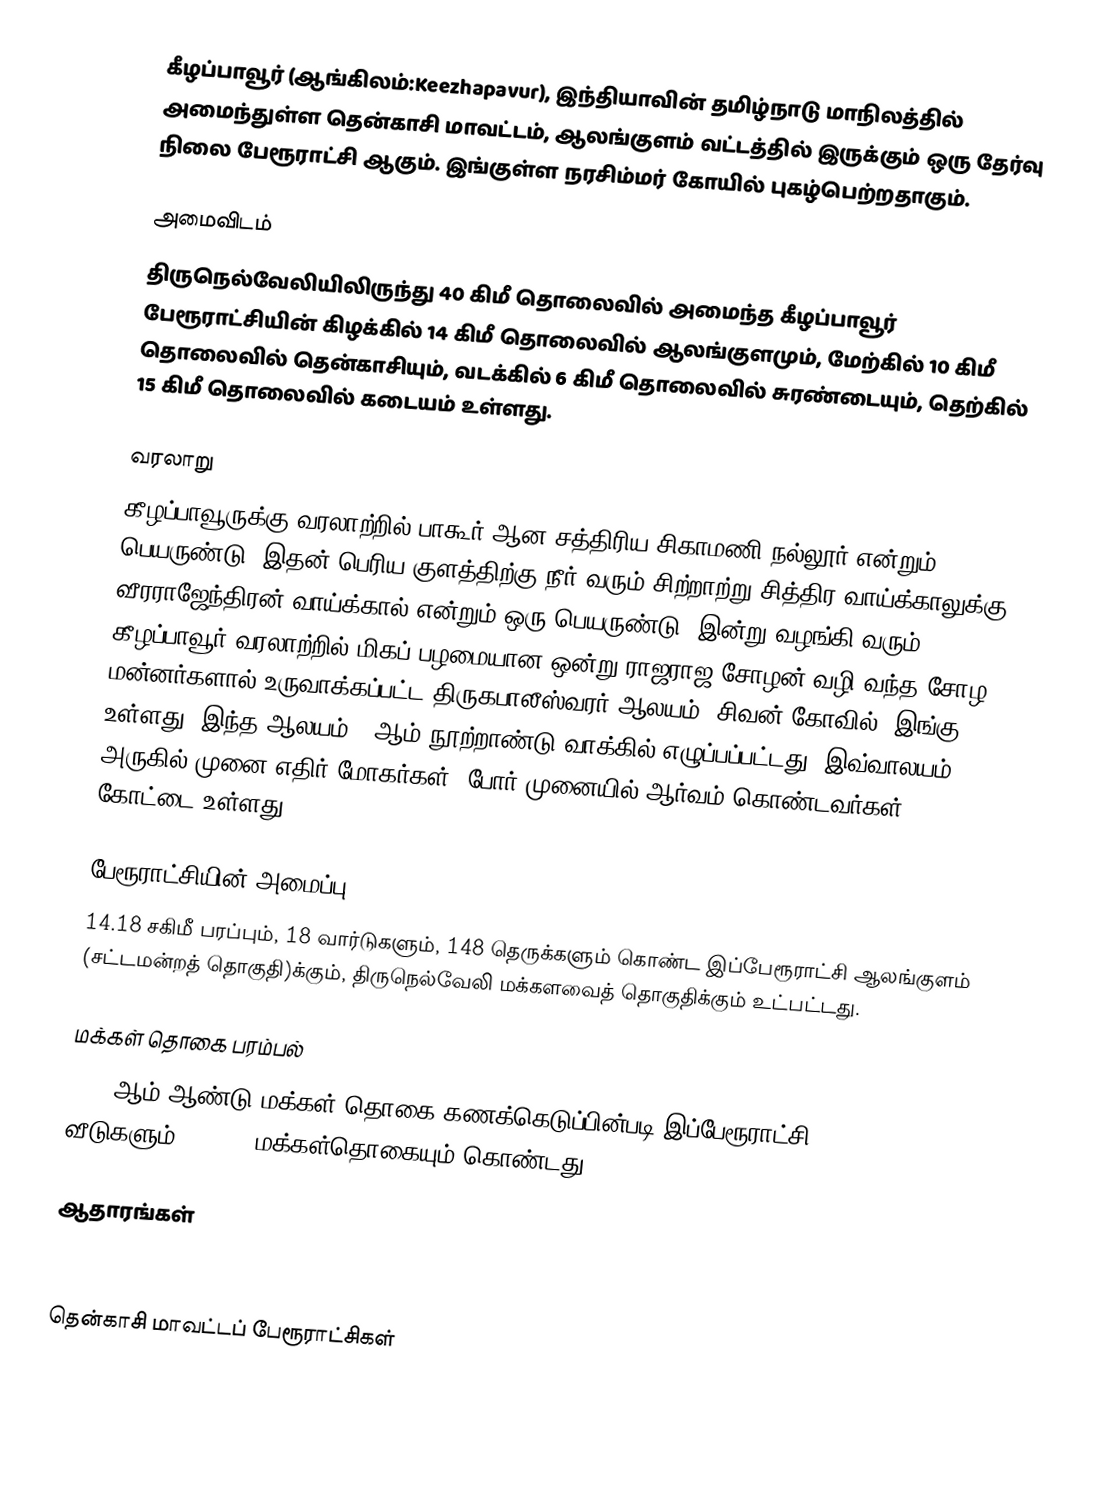
கீழப்பாவூர் (ஆங்கிலம்:Keezhapavur), இந்தியாவின் தமிழ்நாடு மாநிலத்தில் அமைந்துள்ள தென்காசி மாவட்டம், ஆலங்குளம் வட்டத்தில் இருக்கும் ஒரு தேர்வு நிலை பேரூராட்சி ஆகும். இங்குள்ள நரசிம்மர் கோயில் புகழ்பெற்றதாகும்.

அமைவிடம்
திருநெல்வேலியிலிருந்து 40 கிமீ தொலைவில் அமைந்த கீழப்பாவூர் பேரூராட்சியின் கிழக்கில் 14 கிமீ தொலைவில் ஆலங்குளமும், மேற்கில் 10 கிமீ தொலைவில் தென்காசியும், வடக்கில் 6 கிமீ தொலைவில் சுரண்டையும், தெற்கில் 15 கிமீ தொலைவில் கடையம் உள்ளது.

வரலாறு
கீழப்பாவூருக்கு வரலாற்றில் பாகூர் ஆன சத்திரிய சிகாமணி நல்லூர் என்றும் பெயருண்டு. இதன் பெரிய குளத்திற்கு நீர் வரும் சிற்றாற்று சித்திர வாய்க்காலுக்கு வீரராஜேந்திரன் வாய்க்கால் என்றும் ஒரு பெயருண்டு. இன்று வழங்கி வரும் கீழப்பாவூர் வரலாற்றில் மிகப் பழமையான ஒன்று ராஜராஜ சோழன் வழி வந்த சோழ மன்னர்களால் உருவாக்கப்பட்ட திருகபாலீஸ்வரர் ஆலயம் (சிவன் கோவில்) இங்கு உள்ளது. இந்த ஆலயம் 11ஆம் நூற்றாண்டு வாக்கில் எழுப்பப்பட்டது. இவ்வாலயம் அருகில் முனை எதிர் மோகர்கள் (போர் முனையில் ஆர்வம் கொண்டவர்கள்) கோட்டை உள்ளது.

பேரூராட்சியின் அமைப்பு
14.18 சகிமீ பரப்பும், 18 வார்டுகளும், 148 தெருக்களும் கொண்ட இப்பேரூராட்சி  ஆலங்குளம் (சட்டமன்றத் தொகுதி)க்கும், திருநெல்வேலி மக்களவைத் தொகுதிக்கும் உட்பட்டது.

மக்கள் தொகை பரம்பல்
2011-ஆம் ஆண்டு மக்கள் தொகை கணக்கெடுப்பின்படி  இப்பேரூராட்சி           11934  வீடுகளும், 44,462  மக்கள்தொகையும் கொண்டது.

ஆதாரங்கள்

தென்காசி மாவட்டப் பேரூராட்சிகள்